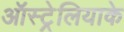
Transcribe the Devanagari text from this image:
ऑस्ट्रेलियाके